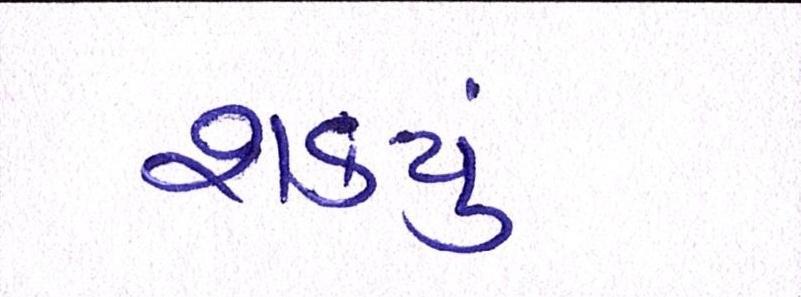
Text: શકયું